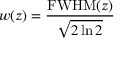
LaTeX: w ( z ) = { \frac { { \mathrm { F W H M } } ( z ) } { \sqrt { 2 \ln 2 } } }